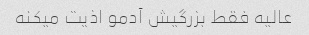
عالیه فقط بزرگیش آدمو اذیت میکنه